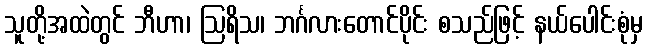
သူတို့အထဲတွင် ဘီဟာ၊ ဩရိသ၊ ဘင်္ဂလားတောင်ပိုင်း စသည်ဖြင့် နယ်ပေါင်းစုံမှ